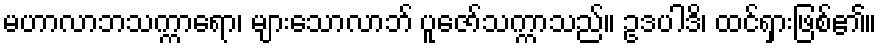
မဟာလာဘသက္ကာရော၊ များသောလာဘ် ပူဇော်သက္ကာသည်။ ဥဒပါဒိ၊ ထင်ရှားဖြစ်၏။